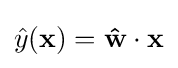
{\hat {y}}({\mathbf {x} })={\mathbf {\hat {w}} }\cdot {\mathbf {x} }